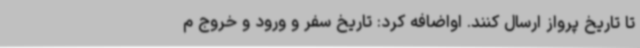
تا تاریخ پرواز ارسال کنند. اواضافه کرد: تاریخ سفر و ورود و خروج م